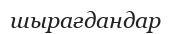
шырағдандар